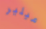
ميلير